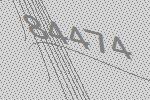
84474